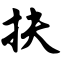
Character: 扶